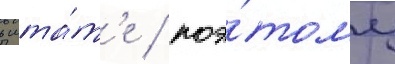
в шта́т'е / поэ́тому